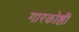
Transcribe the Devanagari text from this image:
गारकोष्ठी